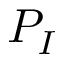
P _ { I }